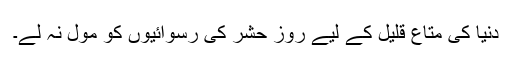
دنیا کی متاعِ قلیل کے لیے روزِ حشر کی رسوائیوں کو مول نہ لے۔